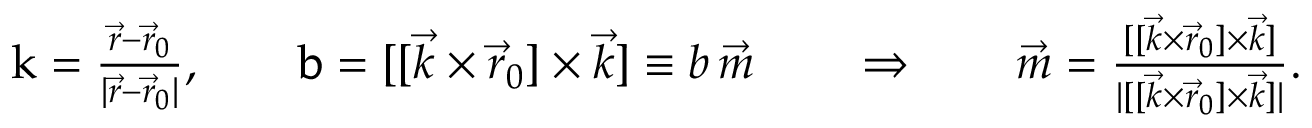
\begin{array} { r } { \boldsymbol { \mathrm { k } } = \frac { \vec { r } - \vec { r } _ { 0 } } { | \vec { r } - \vec { r } _ { 0 } | } , \qquad \boldsymbol { \mathrm { b } } = [ [ { \vec { k } } \times { \vec { r } } _ { 0 } ] \times { \vec { k } } ] \equiv b \, \vec { m } \qquad \Rightarrow \qquad \vec { m } = \frac { [ [ { \vec { k } } \times { \vec { r } } _ { 0 } ] \times { \vec { k } } ] } { | [ [ { \vec { k } } \times { \vec { r } } _ { 0 } ] \times { \vec { k } } ] | } . } \end{array}